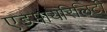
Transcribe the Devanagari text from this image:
एडमायरिलिटी